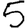
Digit: 5